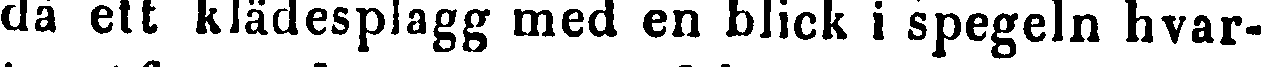
då ett klädesplagg med en blick i spegeln hvar-